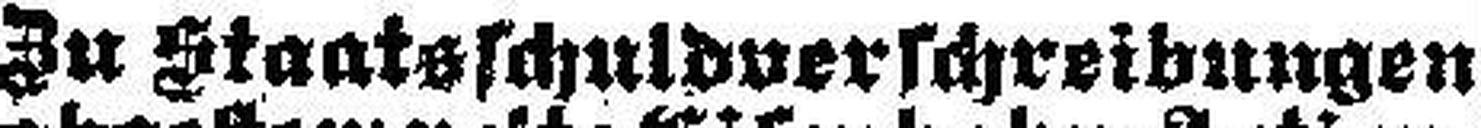
Zu Staatsschuldverschreibungen